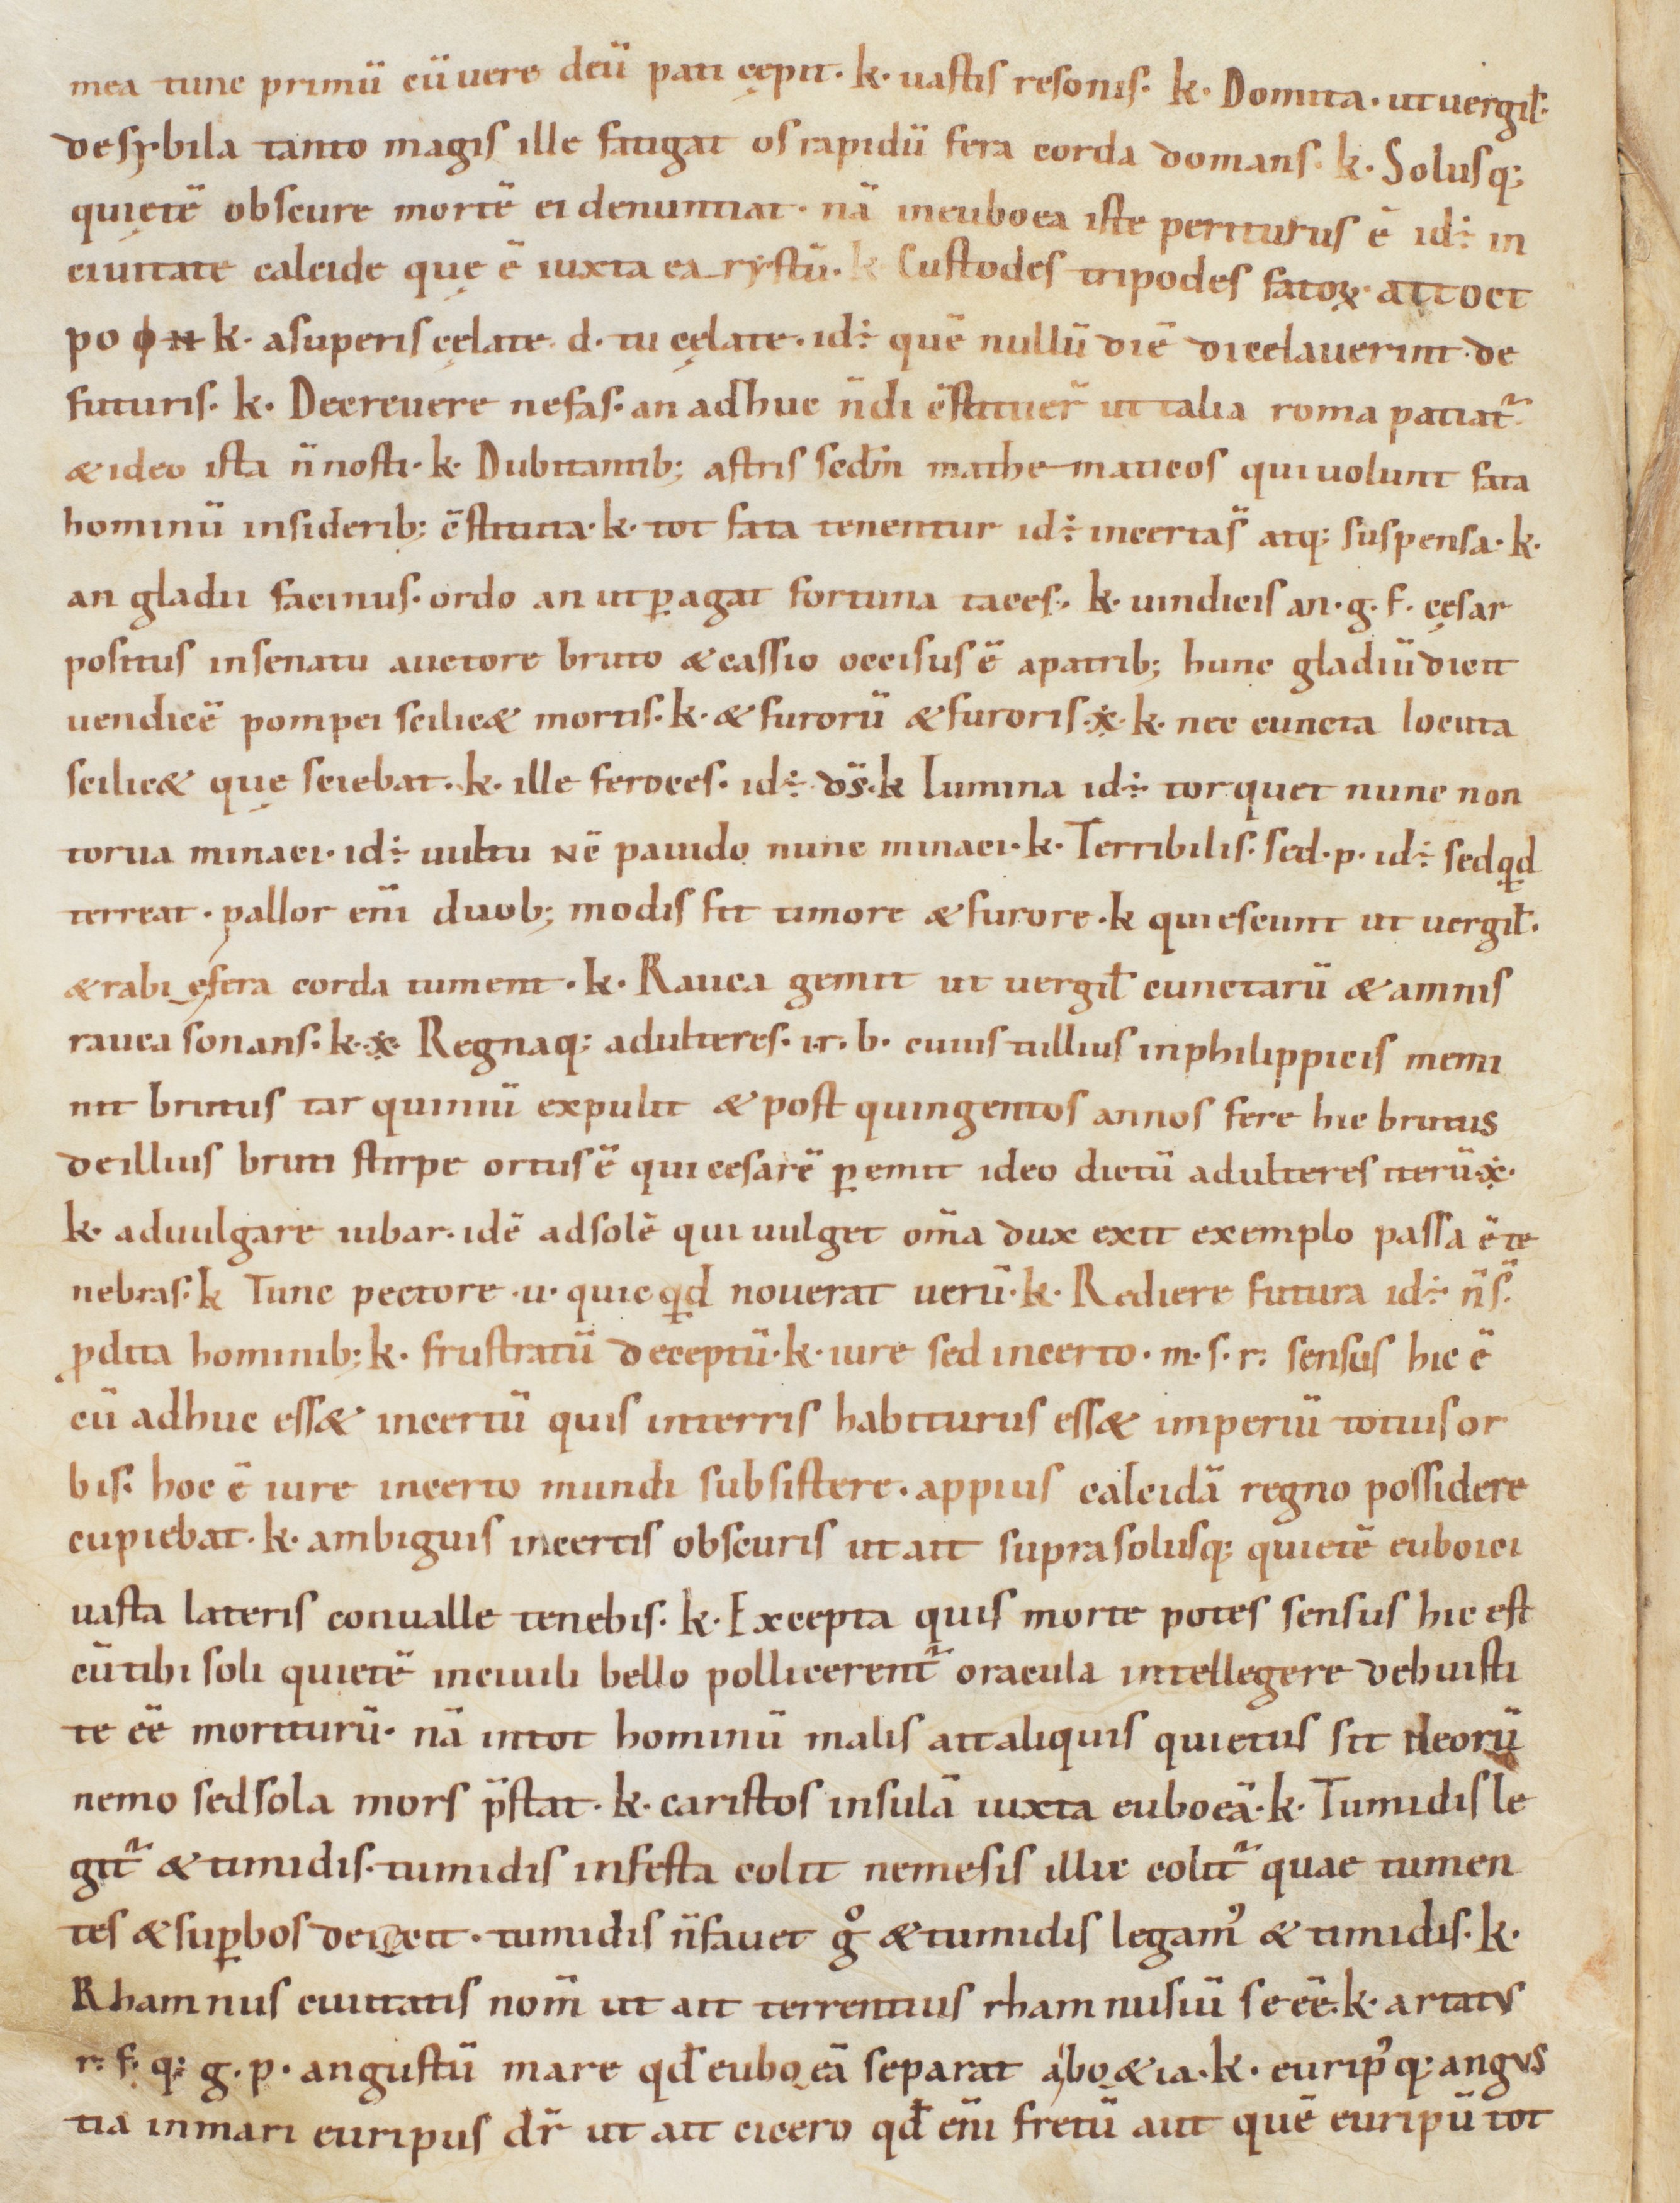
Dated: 1000–1099